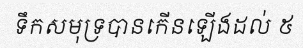
ទឹកសមុទ្របានកើនឡើងដល់ ៥